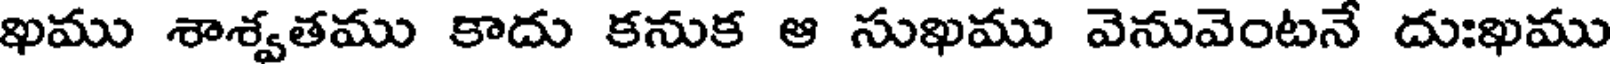
ఖము శాశ్వతము కాదు కనుక ఆ సుఖము వెనువెంటనే దుఃఖము